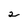
Character: 2